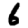
Digit: 6